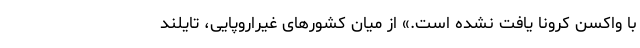
با واکسن کرونا یافت نشده است.» از میان کشورهای غیراروپایی، تایلند